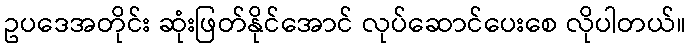
ဥပဒေအတိုင်း ဆုံးဖြတ်နိုင်အောင် လုပ်ဆောင်ပေးစေ လိုပါတယ်။